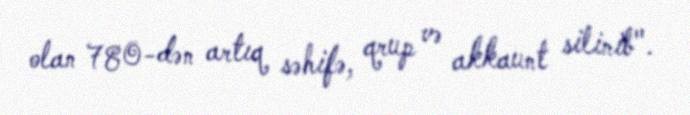
olan 780-dən artıq səhifə, qrup və akkaunt silinib".